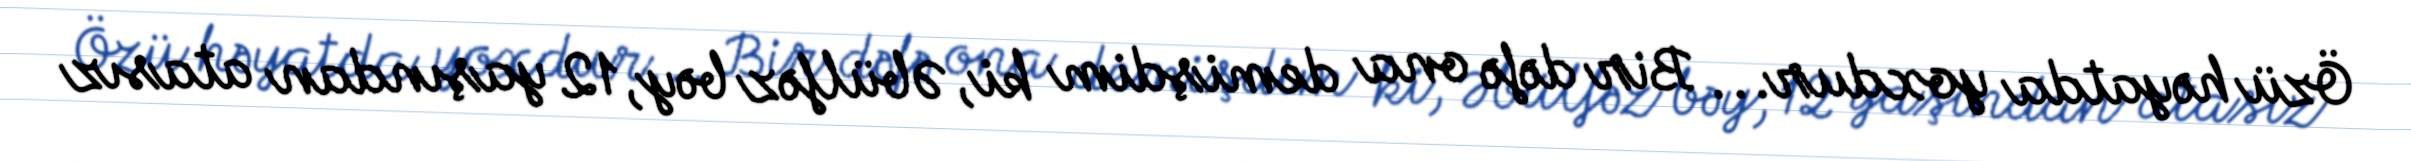
Özü həyatda yoxdur... Bir dəfə ona demişdim ki, Əbülfəz bəy, 12 yaşından atasız